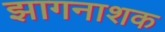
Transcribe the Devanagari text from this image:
झागनाशक